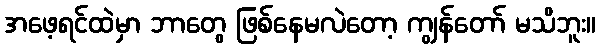
အဖေ့ရင်ထဲမှာ ဘာတွေ ဖြစ်နေမလဲတော့ ကျွန်တော် မသိဘူး။